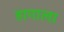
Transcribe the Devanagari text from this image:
हागाला